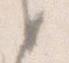
候